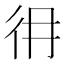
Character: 𢓏